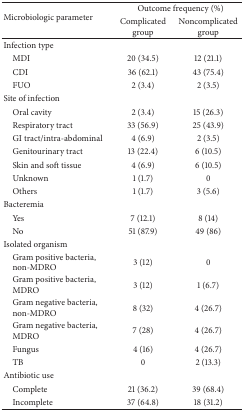
<table><thead><tr><td rowspan="2"><b>Microbiologic parameter</b></td><td colspan="2"><b>Outcome frequency (%)</b></td></tr><tr><td><b>Complicated group</b></td><td><b>Noncomplicated group</b></td></tr></thead><tbody><tr><td>Infection type</td><td> </td><td> </td></tr><tr><td> MDI</td><td>20 (34.5)</td><td>12 (21.1)</td></tr><tr><td> CDI</td><td>36 (62.1)</td><td>43 (75.4)</td></tr><tr><td> FUO</td><td>2 (3.4)</td><td>2 (3.5)</td></tr><tr><td>Site of infection</td><td> </td><td> </td></tr><tr><td> Oral cavity</td><td>2 (3.4)</td><td>15 (26.3)</td></tr><tr><td> Respiratory tract</td><td>33 (56.9)</td><td>25 (43.9)</td></tr><tr><td> GI tract/intra-abdominal</td><td>4 (6.9)</td><td>2 (3.5)</td></tr><tr><td> Genitourinary tract</td><td>13 (22.4)</td><td>6 (10.5)</td></tr><tr><td> Skin and soft tissue</td><td>4 (6.9)</td><td>6 (10.5)</td></tr><tr><td> Unknown</td><td>1 (1.7)</td><td>0</td></tr><tr><td> Others</td><td>1 (1.7)</td><td>3 (5.6)</td></tr><tr><td>Bacteremia</td><td> </td><td> </td></tr><tr><td> Yes</td><td>7 (12.1)</td><td>8 (14)</td></tr><tr><td> No</td><td>51 (87.9)</td><td>49 (86)</td></tr><tr><td>Isolated organism</td><td> </td><td> </td></tr><tr><td> Gram positive bacteria,non-MDRO</td><td>3 (12)</td><td>0</td></tr><tr><td> Gram positive bacteria,MDRO</td><td>3 (12)</td><td>1 (6.7)</td></tr><tr><td> Gram negative bacteria,non-MDRO</td><td>8 (32)</td><td>4 (26.7)</td></tr><tr><td> Gram negative bacteria,MDRO</td><td>7 (28)</td><td>4 (26.7)</td></tr><tr><td> Fungus</td><td>4 (16)</td><td>4 (26.7)</td></tr><tr><td> TB</td><td>0</td><td>2 (13.3)</td></tr><tr><td>Antibiotic use</td><td> </td><td> </td></tr><tr><td> Complete</td><td>21 (36.2)</td><td>39 (68.4)</td></tr><tr><td> Incomplete</td><td>37 (64.8)</td><td>18 (31.2)</td></tr></tbody></table>